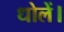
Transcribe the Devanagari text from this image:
धोलें।